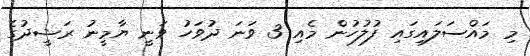
މި މައްސަލައިގައި ފުލުހުން މެއި 3 ވަނަ ދުވަހު ވަނީ ޔާމީނު ރަޝީދުގެ